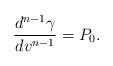
LaTeX: \begin{align*} \frac{d^{n-1}\gamma}{dv^{n-1}}=P_0.\end{align*}